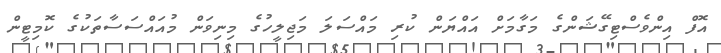
އޮފް އިންވެސްޓިގޭޝަންގެ މަގާމަށް އައްޔަން ކުރި މައްސަލަ މަޖިލީހުގެ މިނިވަން މުއައްސަސާތަކުގެ ކޮމިޓީން